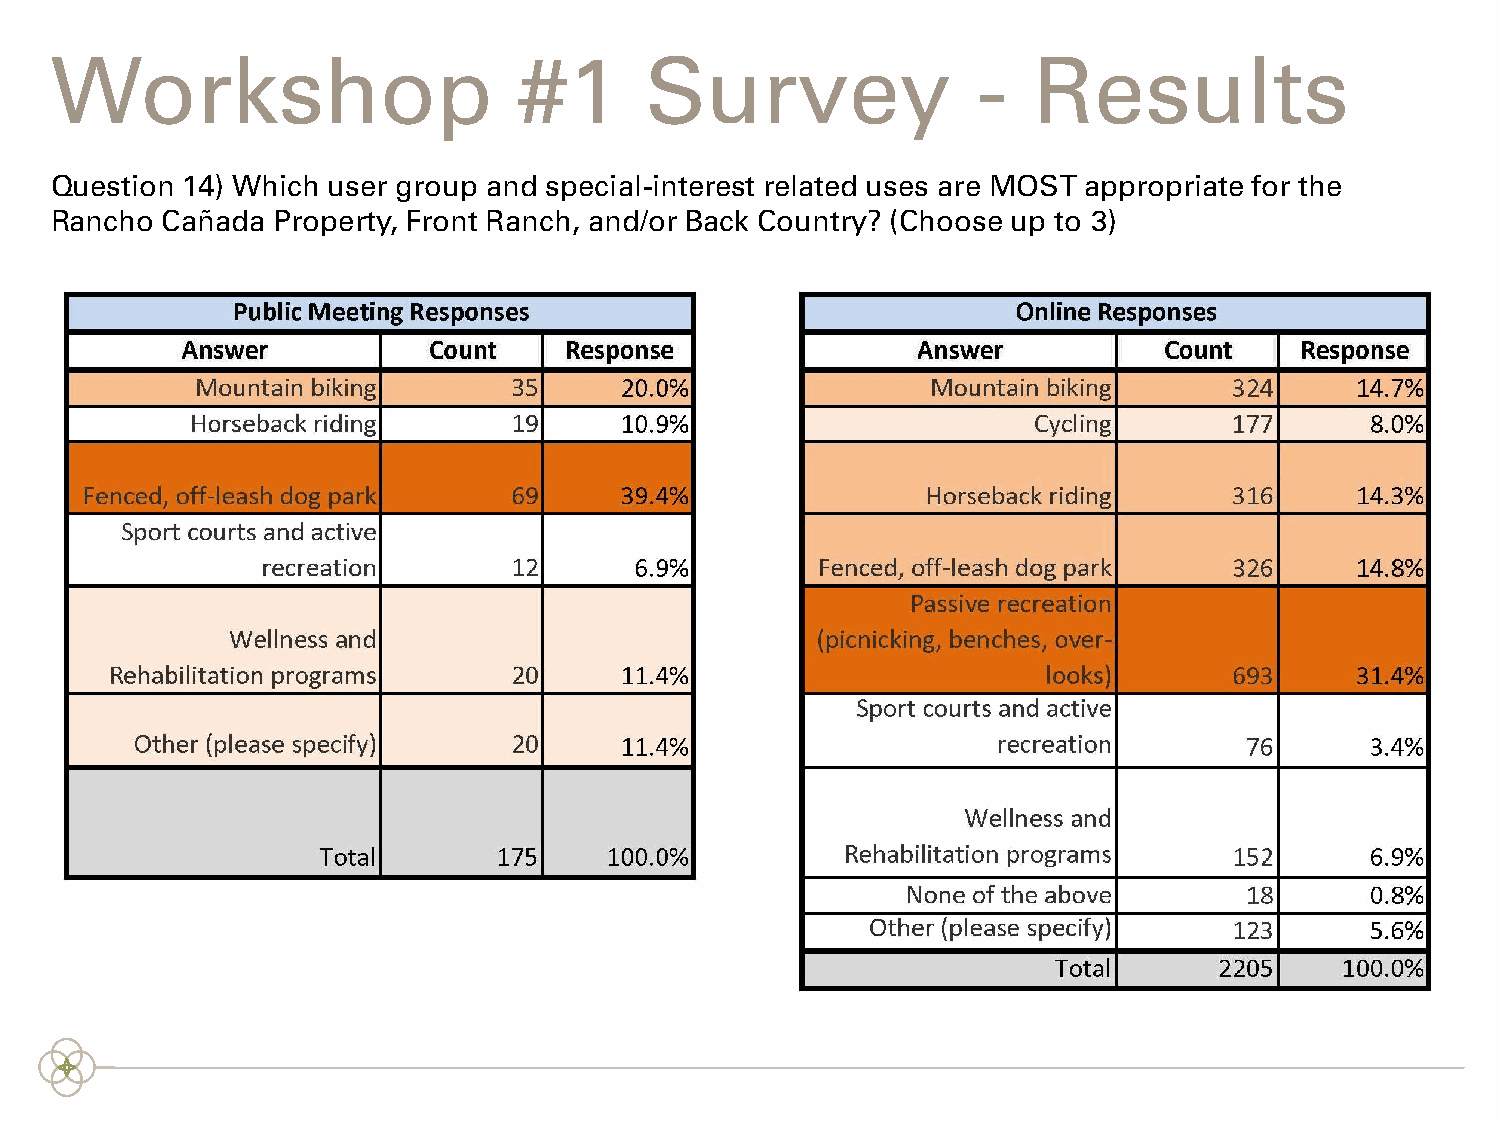
Workshop                       #1       Survey                -  Results
 Question 14) Which user group and special-interest related uses are MOST appropriate for the
 Rancho  Cañada Property, Front Ranch, and/or Back Country? (Choose up to 3)